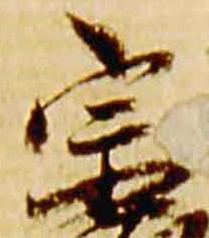
宗